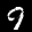
Label: 9